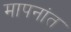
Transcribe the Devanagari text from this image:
मापनांत